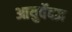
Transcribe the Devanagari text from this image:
आयुर्वेदज्ञ